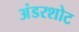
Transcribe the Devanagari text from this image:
अंडरशोट